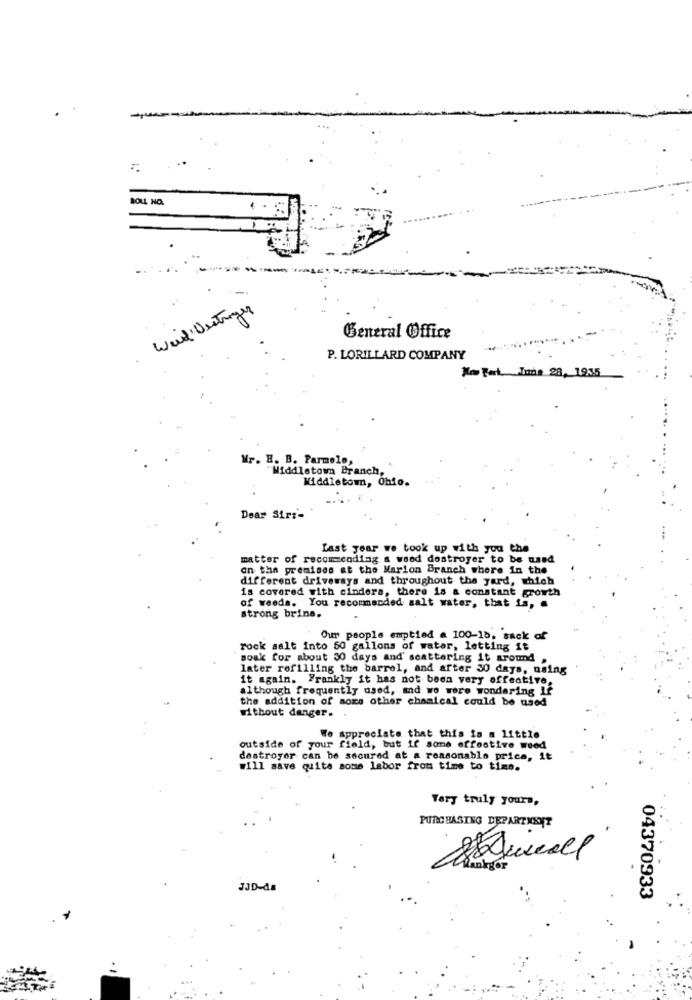
ROLL NO.
Weird Vertrages
General Office
P. LORILLARD COMPANY
No Bert Tuna 28, 1935
Mr. E. B. Parmelo,
"Middletown Branch,
Middletown, Ohio.
Dear Sir :-
Last year we took up with you the
matter of recommending a wood destroyer to be used
on the premises at the Marion Branch where In the
different driveways and throughout the yard, which
is covered with cinders, there is a constant growth
of weeds. You recommanded salt water, that is,
strong brine.
Our people emptied . 100-1b, sack of
rock salt into 50 gallons of water, letting it
soak for about 30 days and scattering it around ,
later refilling the barrel, and arter 30 days, using
it again. Frankly it has not been very effective,
although frequently used, and wo were wondering If
the addition of some other chanical could be used
without danger.
We appreciate that this is a little
outside of your field, but if some effective wood
destroyer can be secured at a reasonable price, it
w111 save quite some labor from time to time.
Very truly yours,
PURCHASING DEPARTMENT
Rankyor
JJD-da
04370933